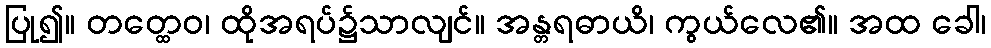
ပြု၍။ တတ္ထေဝ၊ ထိုအရပ်၌သာလျင်။ အန္တရဓာယိ၊ ကွယ်လေ၏။ အထ ခေါ၊